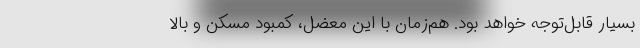
بسیار قابل‌توجه خواهد بود. هم‌زمان با این معضل، کمبود مسکن و بالا